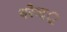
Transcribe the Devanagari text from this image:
नरेन्द॒